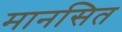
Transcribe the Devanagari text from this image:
मानसित